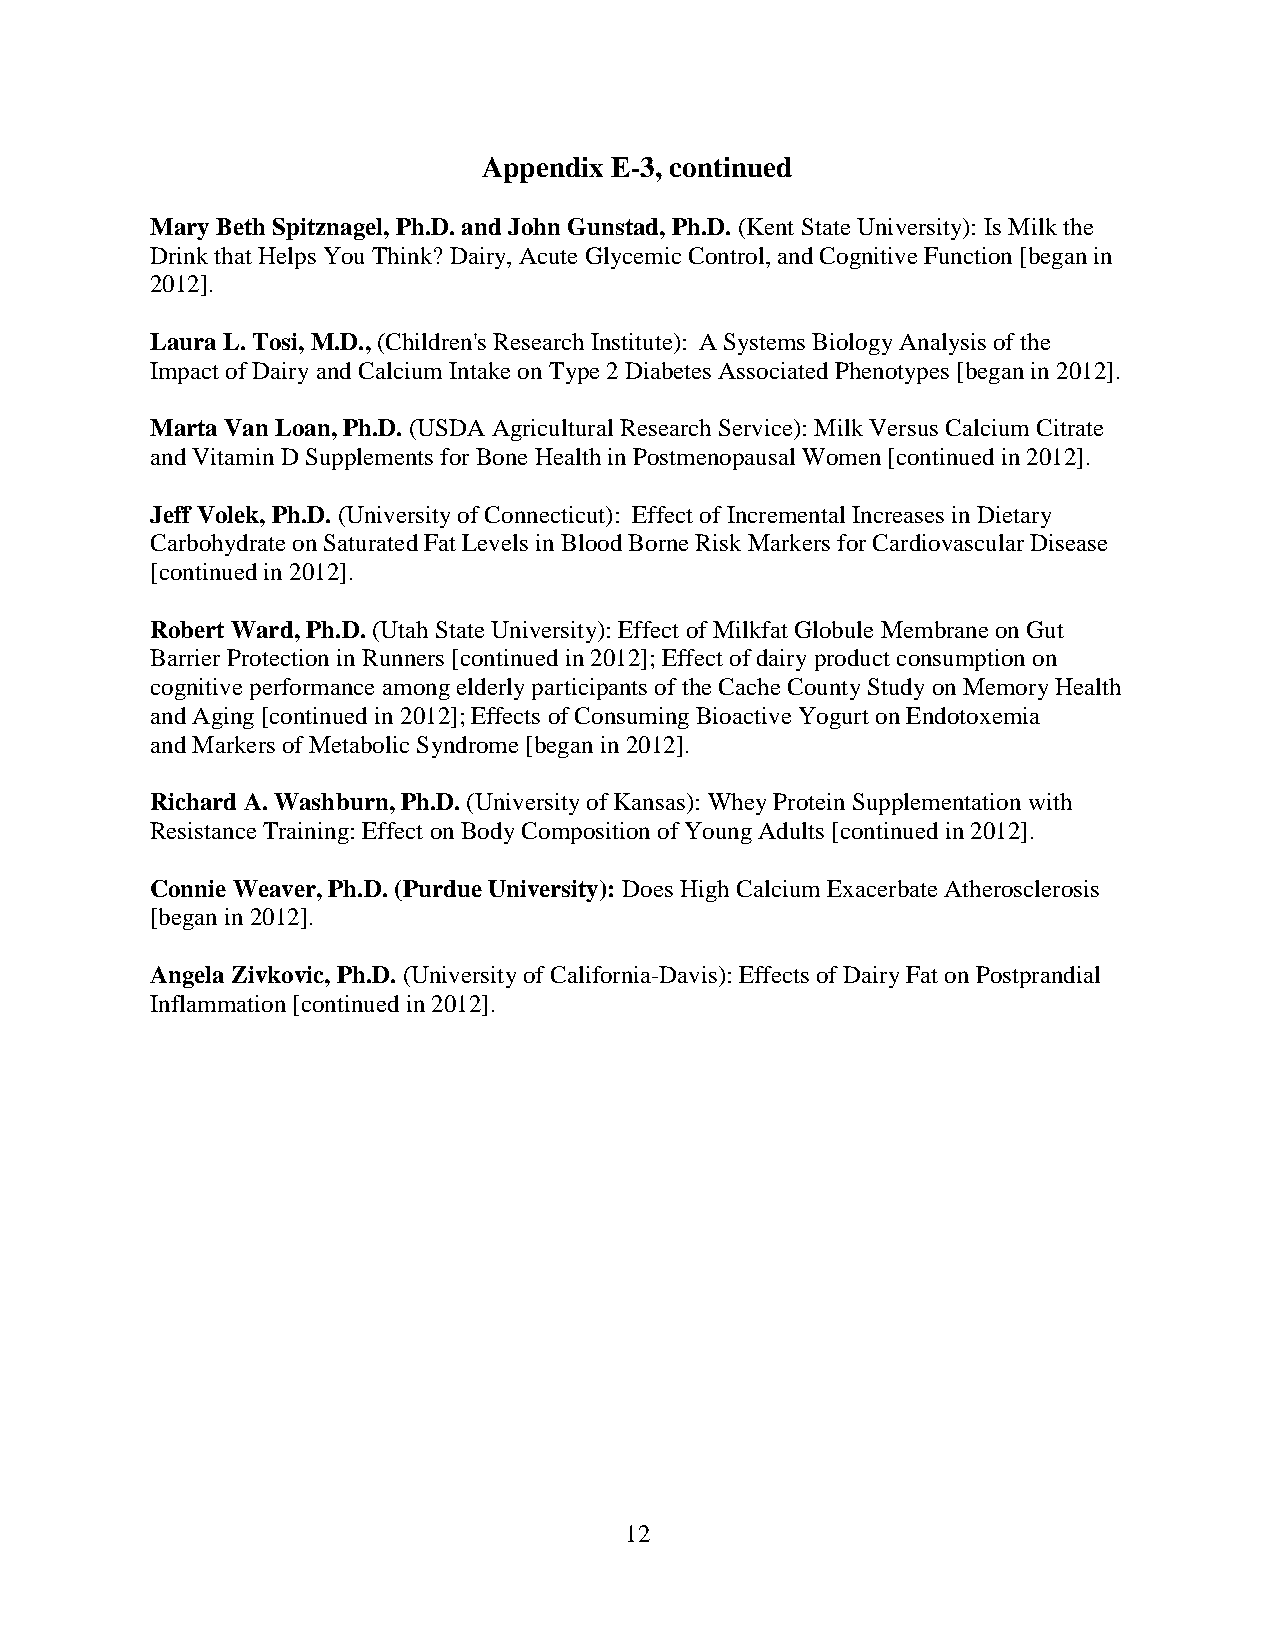
Appendix E-3, continued
 Mary Beth Spitznagel, Ph.D. and John Gunstad, Ph.D. (Kent State University): Is Milk the
 Drink that Helps You Think? Dairy, Acute Glycemic Control, and Cognitive Function [began in
 2012].
 Laura L. Tosi, M.D., (Children's Research Institute): A Systems Biology Analysis of the
 Impact of Dairy and Calcium Intake on Type 2 Diabetes Associated Phenotypes [began in 2012].
 Marta Van Loan, Ph.D. (USDA Agricultural Research Service): Milk Versus Calcium Citrate
 and Vitamin D Supplements for Bone Health in Postmenopausal Women [continued in 2012].
 Jeff Volek, Ph.D. (University of Connecticut): Effect of Incremental Increases in Dietary
 Carbohydrate on Saturated Fat Levels in Blood Borne Risk Markers for Cardiovascular Disease
 [continued in 2012].
 Robert Ward, Ph.D. (Utah State University): Effect of Milkfat Globule Membrane on Gut
 Barrier Protection in Runners [continued in 2012]; Effect of dairy product consumption on
 cognitive performance among elderly participants of the Cache County Study on Memory Health
 and Aging [continued in 2012]; Effects of Consuming Bioactive Yogurt on Endotoxemia
 and Markers of Metabolic Syndrome [began in 2012].
 Richard A. Washburn, Ph.D. (University of Kansas): Whey Protein Supplementation with
 Resistance Training: Effect on Body Composition of Young Adults [continued in 2012].
 Connie Weaver, Ph.D. (Purdue University): Does High Calcium Exacerbate Atherosclerosis
 [began in 2012].
 Angela Zivkovic, Ph.D. (University of California-Davis): Effects of Dairy Fat on Postprandial
 Inflammation [continued in 2012].
 12